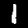
Digit: 1